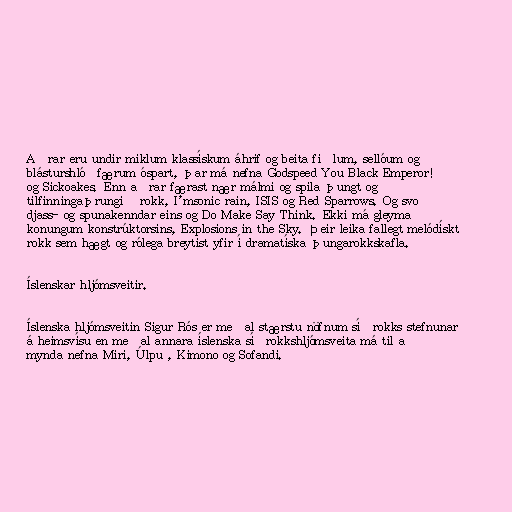
Aðrar eru undir miklum klassískum áhrif og beita fiðlum, sellóum og
blásturshlóðfærum óspart, þar má nefna Godspeed You Black Emperor!
og Sickoakes. Enn aðrar færast nær málmi og spila þungt og
tilfinningaþrungið rokk, I'msonic rain, ISIS og Red Sparrows. Og svo
djass- og spunakenndar eins og Do Make Say Think. Ekki má gleyma
konungum konstrúktorsins, Explosions in the Sky. Þeir leika fallegt melódískt
rokk sem hægt og rólega breytist yfir í dramatíska þungarokkskafla.

Íslenskar hljómsveitir.

Íslenska hljómsveitin Sigur Rós er meðal stærstu nöfnum síðrokks stefnunar
á heimsvísu en meðal annara íslenska síðrokkshljómsveita má til að
mynda nefna Miri, Úlpu , Kimono og Sofandi.